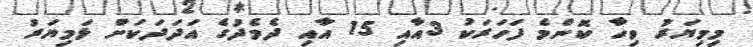
މިމިޔަރު ވިހާ ކޮންމެ ފަހަރަކު 3އާއި 15 އާއި ދެމެދުގެ އަދަދަކަށް ޅަމިޔަރު